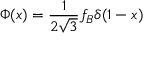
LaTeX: \Phi ( x ) = { \frac { 1 } { 2 \sqrt { 3 } } } f _ { B } \delta ( 1 - x )